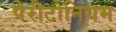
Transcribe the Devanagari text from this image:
पेरीटोनियम